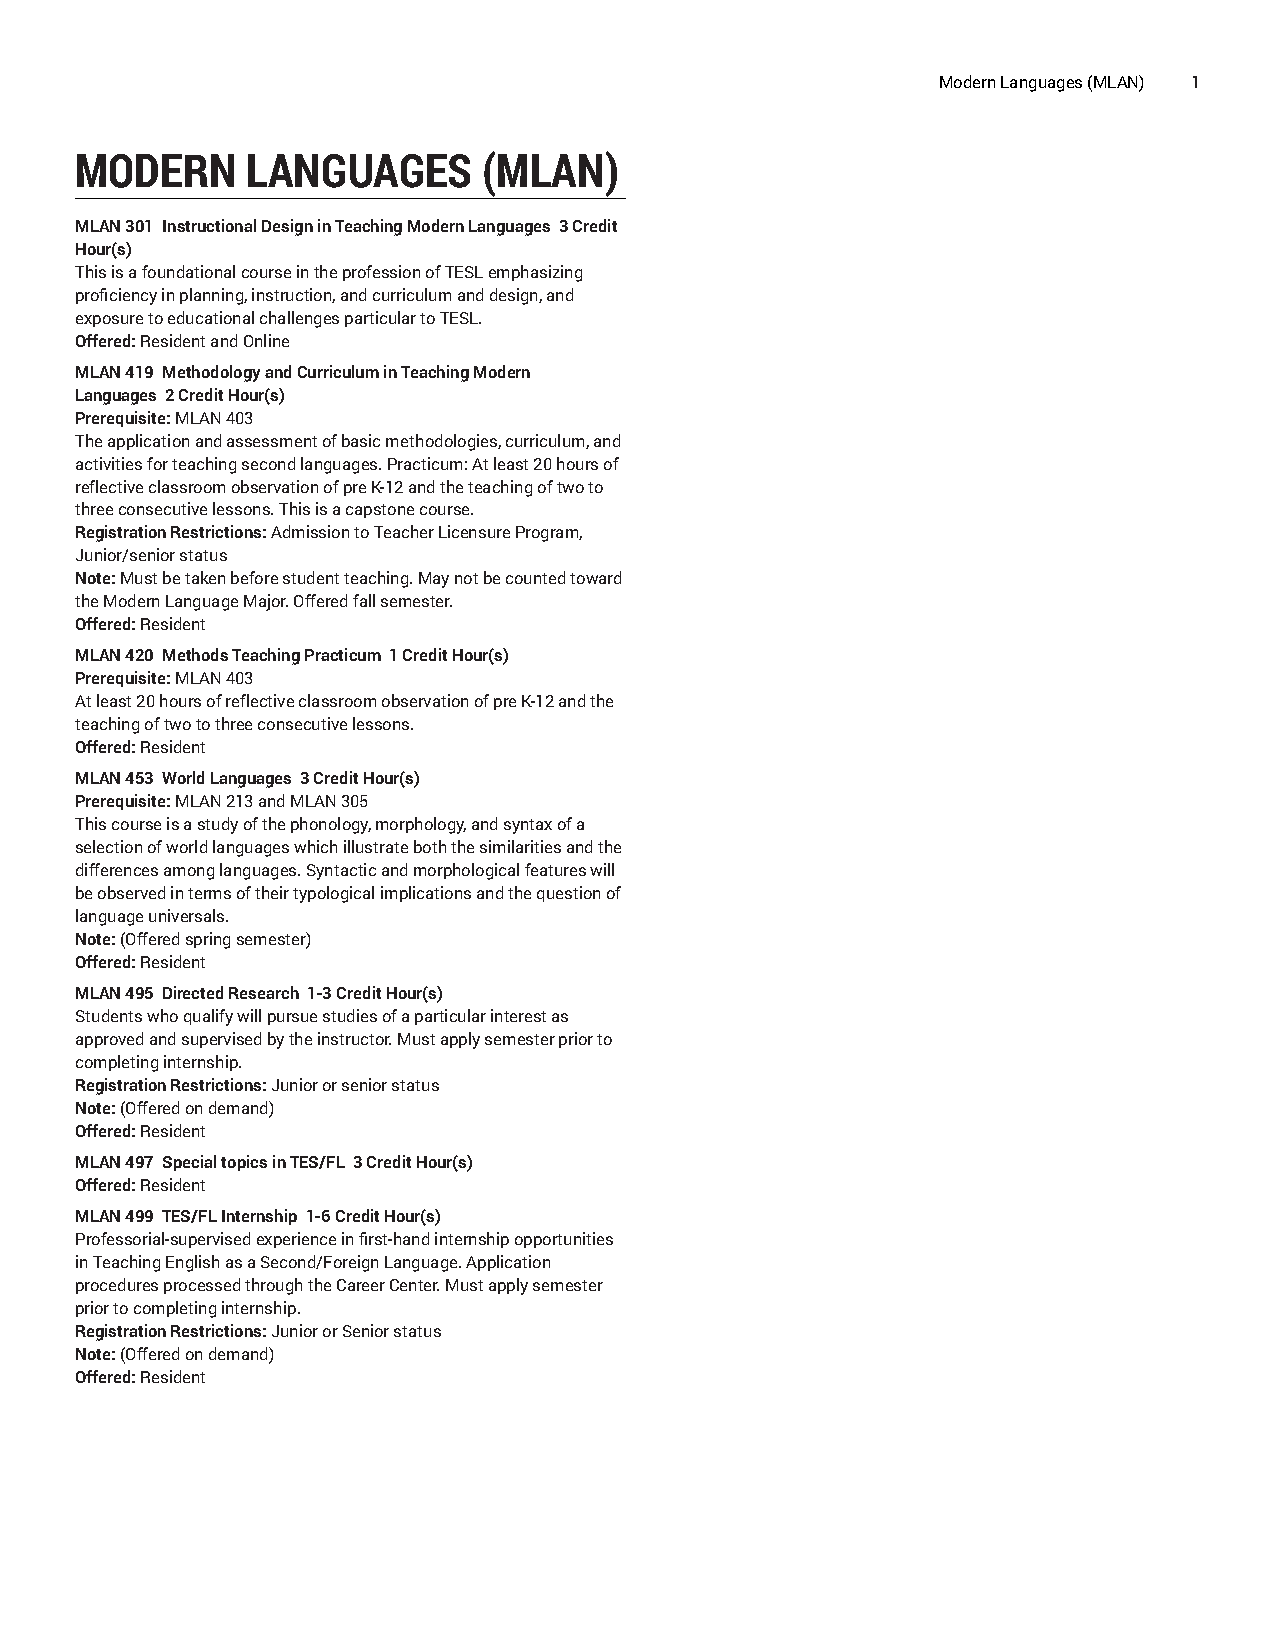
Modern Languages (MLAN) 1
 MODERN     LANGUAGES       (MLAN)
 MLAN 301 Instructional Design in Teaching Modern Languages 3 Credit
 Hour(s)
 This is a foundational course in the profession of TESL emphasizing
 proficiency in planning, instruction, and curriculum and design, and
 exposure to educational challenges particular to TESL.
 Offered: Resident and Online
 MLAN 419 Methodology and Curriculum in Teaching Modern
 Languages 2 Credit Hour(s)
 Prerequisite: MLAN 403
 The application and assessment of basic methodologies, curriculum, and
 activities for teaching second languages. Practicum: At least 20 hours of
 reflective classroom observation of pre K-12 and the teaching of two to
 three consecutive lessons. This is a capstone course.
 Registration Restrictions: Admission to Teacher Licensure Program,
 Junior/senior status
 Note: Must be taken before student teaching. May not be counted toward
 the Modern Language Major. Offered fall semester.
 Offered: Resident
 MLAN 420 Methods Teaching Practicum 1 Credit Hour(s)
 Prerequisite: MLAN 403
 At least 20 hours of reflective classroom observation of pre K-12 and the
 teaching of two to three consecutive lessons.
 Offered: Resident
 MLAN 453 World Languages 3 Credit Hour(s)
 Prerequisite: MLAN 213 and MLAN 305
 This course is a study of the phonology, morphology, and syntax of a
 selection of world languages which illustrate both the similarities and the
 differences among languages. Syntactic and morphological features will
 be observed in terms of their typological implications and the question of
 language universals.
 Note: (Offered spring semester)
 Offered: Resident
 MLAN 495 Directed Research 1-3 Credit Hour(s)
 Students who qualify will pursue studies of a particular interest as
 approved and supervised by the instructor. Must apply semester prior to
 completing internship.
 Registration Restrictions: Junior or senior status
 Note: (Offered on demand)
 Offered: Resident
 MLAN 497 Special topics in TES/FL 3 Credit Hour(s)
 Offered: Resident
 MLAN 499 TES/FL Internship 1-6 Credit Hour(s)
 Professorial-supervised experience in first-hand internship opportunities
 in Teaching English as a Second/Foreign Language. Application
 procedures processed through the Career Center. Must apply semester
 prior to completing internship.
 Registration Restrictions: Junior or Senior status
 Note: (Offered on demand)
 Offered: Resident